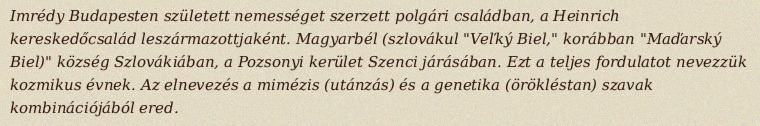
Imrédy Budapesten született nemességet szerzett polgári családban, a Heinrich kereskedőcsalád leszármazottjaként. Magyarbél (szlovákul "Veľký Biel," korábban "Maďarský Biel)" község Szlovákiában, a Pozsonyi kerület Szenci járásában. Ezt a teljes fordulatot nevezzük kozmikus évnek. Az elnevezés a mimézis (utánzás) és a genetika (örökléstan) szavak kombinációjából ered.